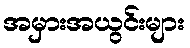
အမှားအယွင်းများ